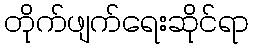
တိုက်ဖျက်ရေးဆိုင်ရာ